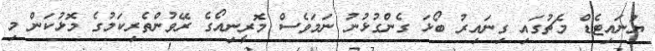
ޔުނައިޓެޑް މެޗުގައި ގިނައިރު ބޯޅަ ގެންގުޅުނު ނަމަވެސް މޮރީނިއޯގެ ރޭވުންތެރިކަމުގެ މޮޅުކަން މި